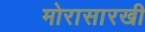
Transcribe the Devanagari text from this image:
मोरासारखी